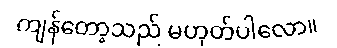
ကျန်တော့သည် မဟုတ်ပါလော။